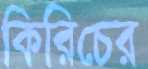
কিরিচের